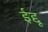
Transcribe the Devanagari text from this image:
ईद्दू